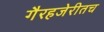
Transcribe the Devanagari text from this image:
गैरहजेरीतच